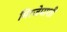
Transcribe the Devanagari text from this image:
मिरजेपाशी